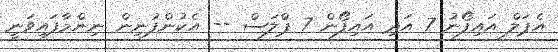
އެޕަލް އައިފޯނު 7 އަދި އައިފޯން 7 ޕްލަސް -- އެކުންފުނިން ނިންމާފައިވަނީ